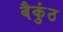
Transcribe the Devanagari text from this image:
बैकुंठ